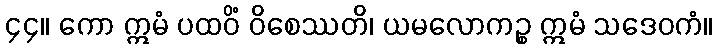
၄၄။ ကော ဣမံ ပထဝိံ ဝိစေဿတိ၊ ယမလောကဉ္စ ဣမံ သဒေဝကံ။